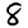
Digit: 8